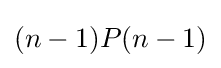
(n-1)P(n-1)